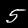
Label: 5